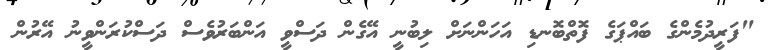
"ފަރީދުމެންގެ ބައްޕަގެ ފޮތްބޮނޑި އަހަންނަށް ލިބުނީ އޭގެން ދަސްވީ އަންބަރުވެސް ދަސްކުރަންވީނު އޭރުން